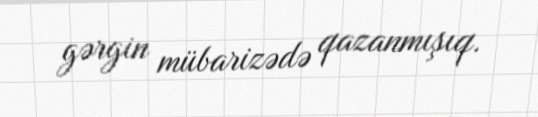
gərgin mübarizədə qazanmışıq.